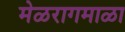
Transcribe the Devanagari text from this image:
मेळरागमाळा